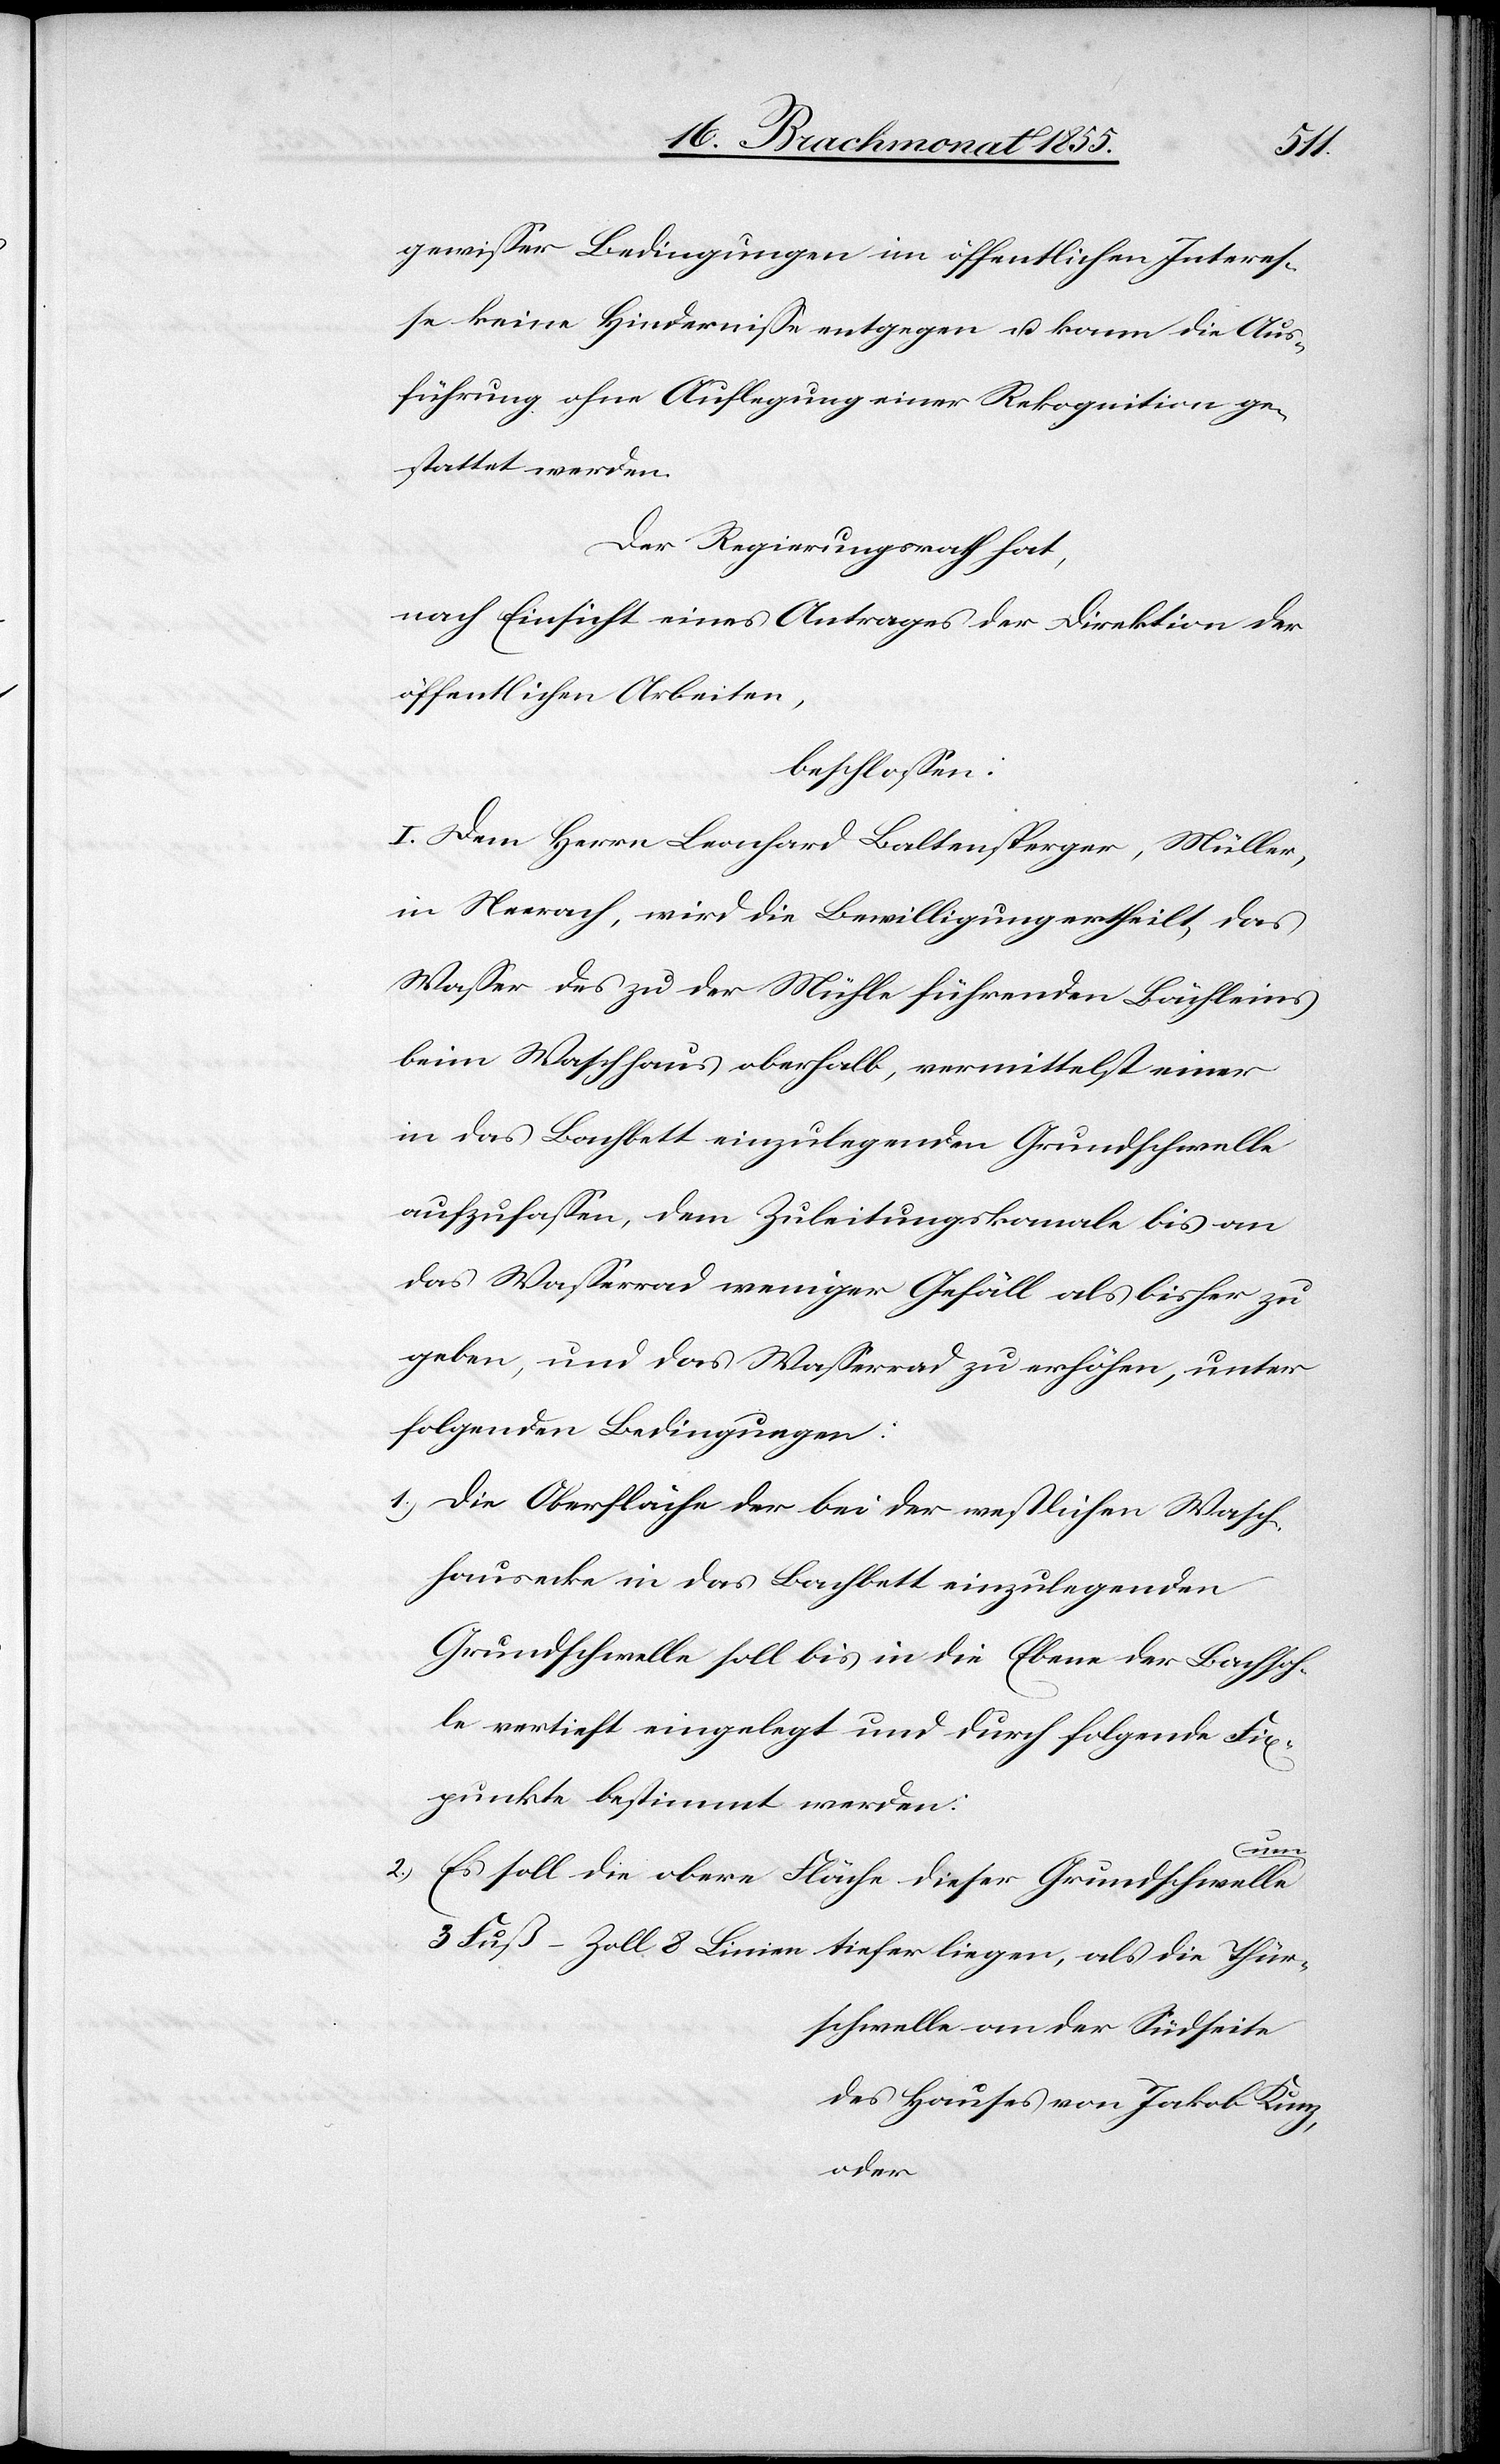
3
gewisser Bedingungen im öffentlichen Interes¬
se keine Hindernisse entgegen u. kann die Aus¬
führung ohne Auflegung einer Rekognition ge¬
stattet werden.
Der Regierungsrath hat,
nach Einsicht eines Antrages der Direktion der
öffentlichen Arbeiten,
beschlossen:
I. Dem Herrn Leonhard Baltensperger, Müller,
in Neerach, wird die Bewilligung ertheilt, das
Wasser des zu der Mühle führenden Bächleins
beim Waschhaus oberhalb, vermittelst einer
in das Bachbett einzulegenden Grundschwelle
aufzufassen, dem Zuleitungskanale bis an
das Wasserrad weniger Gefäll als bisher zu
geben, und das Wasserrad zu erhöhen, unter
folgenden Bedingungen:
Die Oberfläche der bei der westlichen Wasch¬
hausecke in das Bachbett einzulegenden
Grundschwelle soll bis in die Ebene der Bachsoh¬
le vertieft eingelegt und durch folgende Fix¬
punkte bestimmt werden:
um
Es soll die obere Fläche dieser Grundschwelle
schwelle an der Südseite
des Hauses von Jakob Kunz,
oder